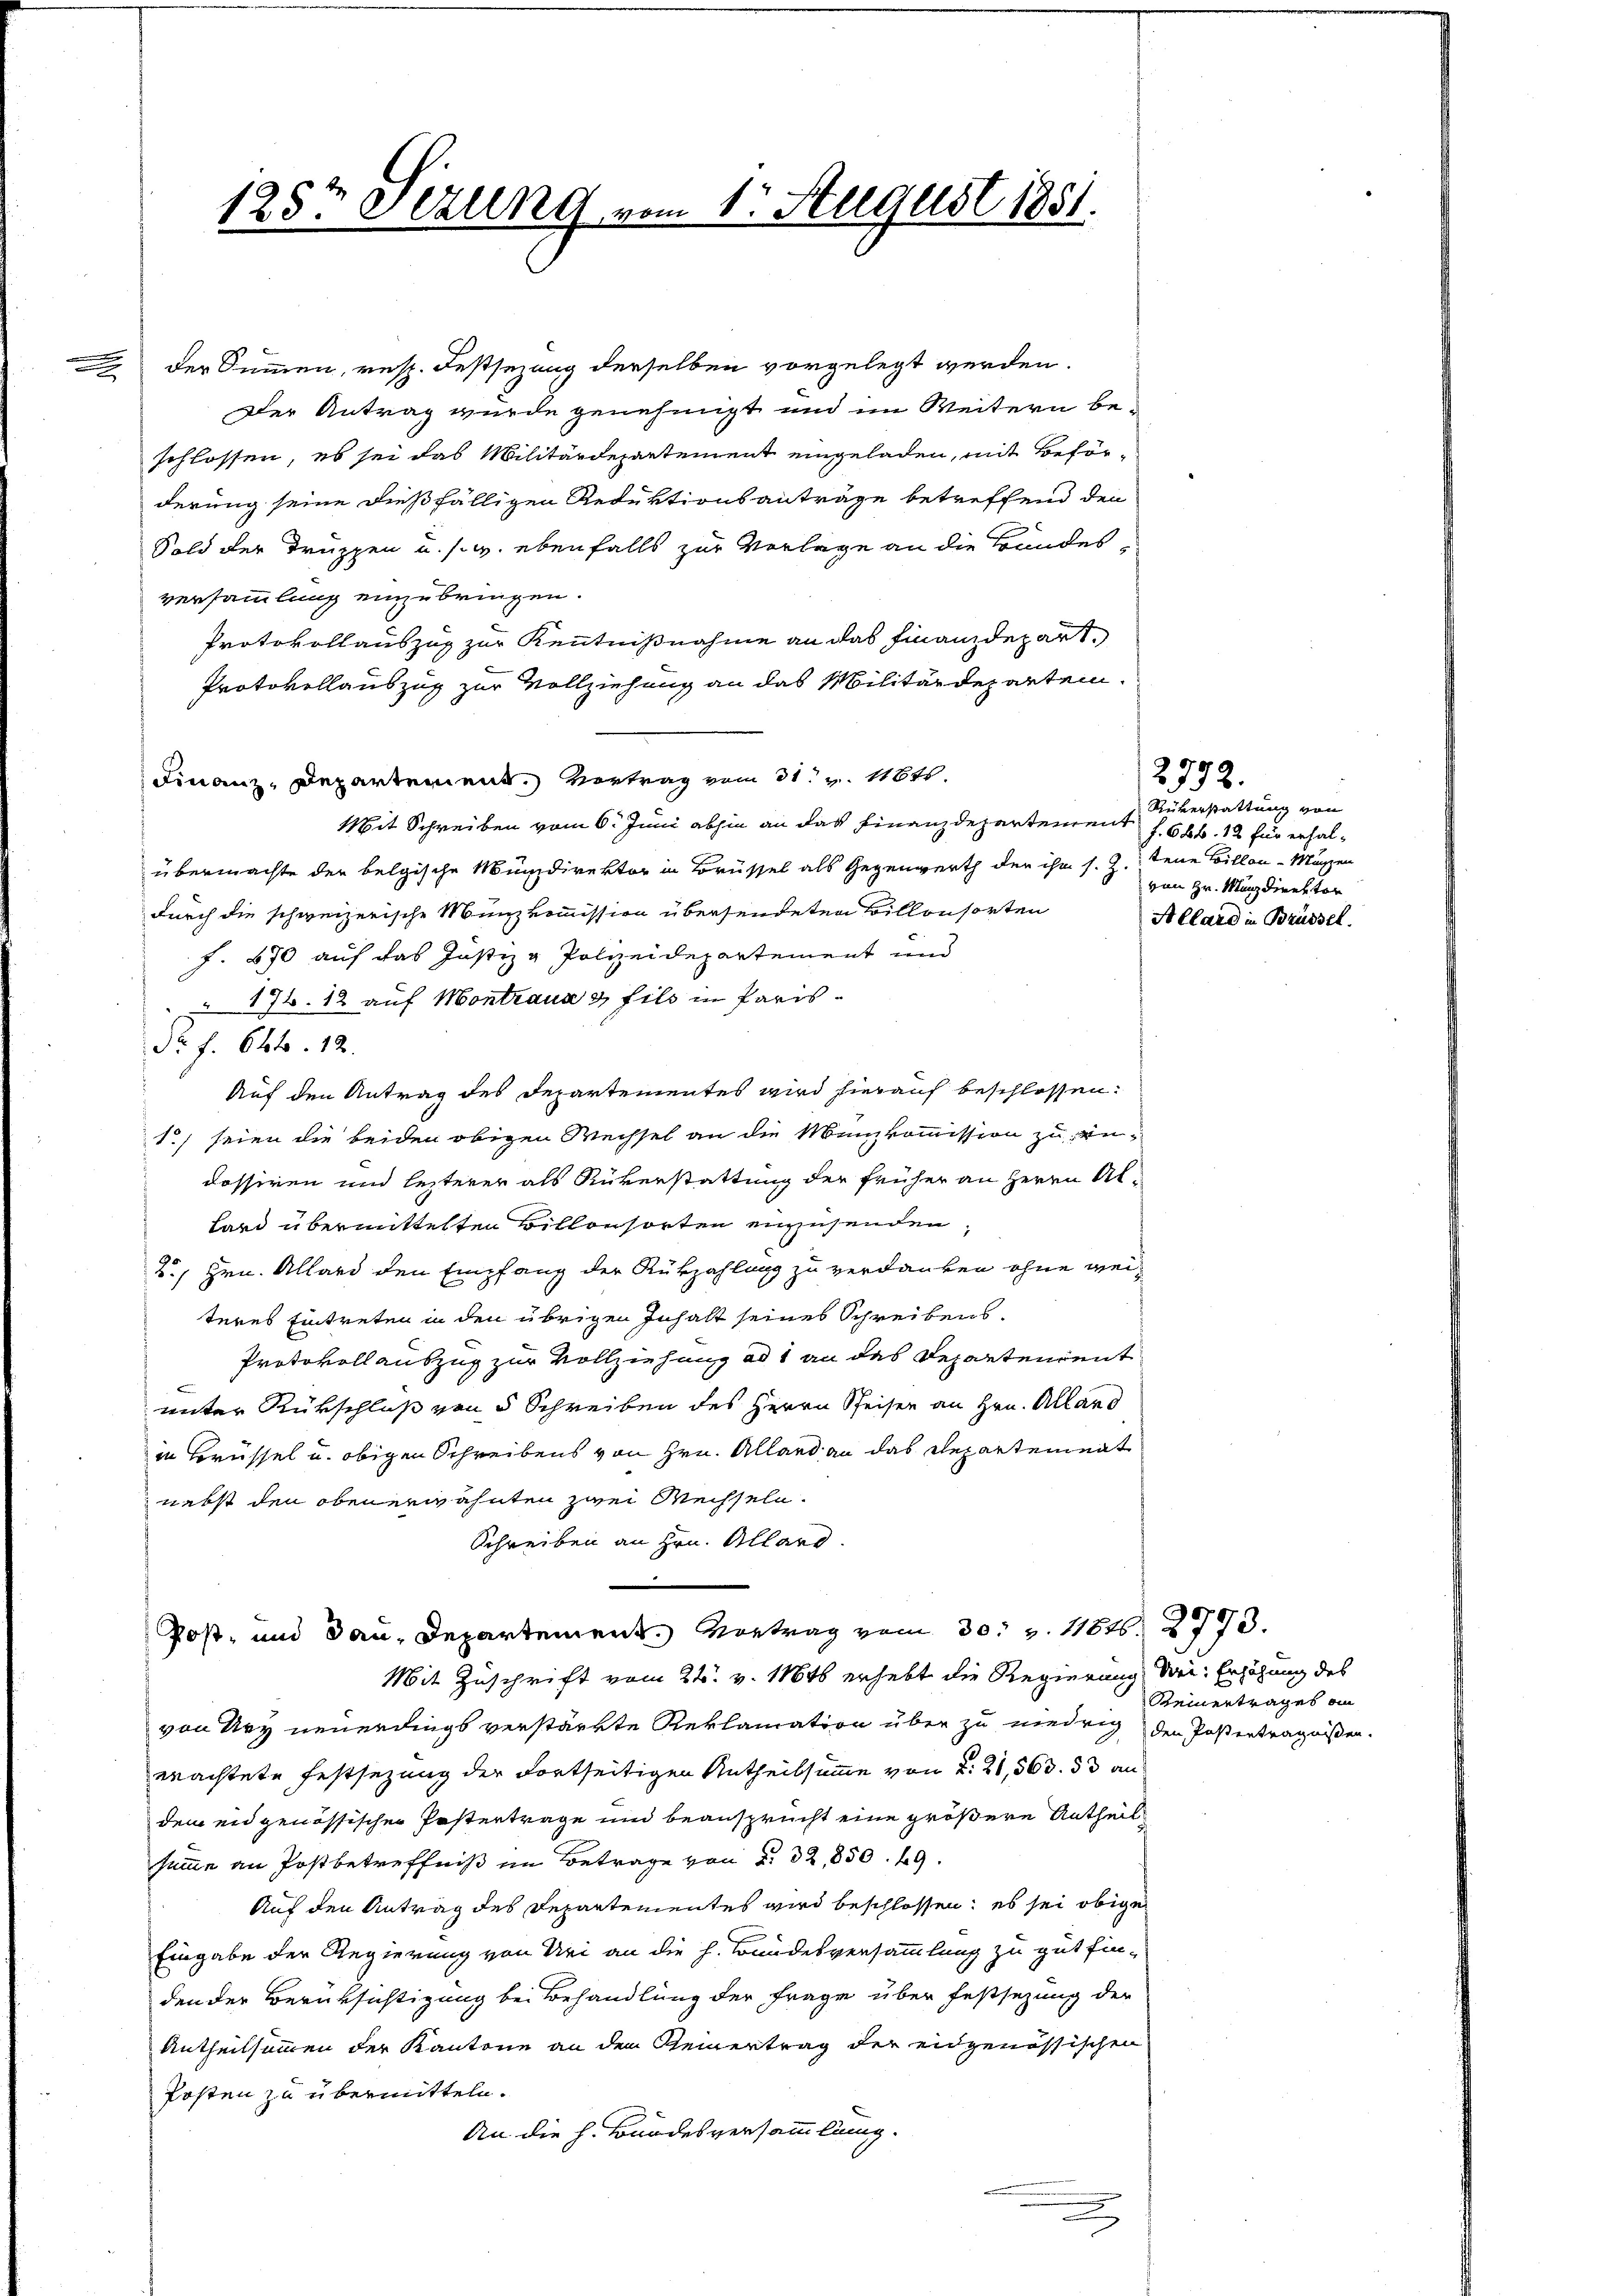
.

1257 Fezung vom 1. August 1851.

der Summen, resp. Festsezung derselben vorgelegt werden.
2
Der Antrag wurde genehmigt und im Weitern beschlossen, es sei das Militärdepartement eingeladen, mit Beförderung seine dießfälligen Reduktionsanträge betreffend den
Sold der Truppen u. s. w. ebenfalls zur Vorlage an die Bundesversammlung einzubringen.
Protokollauszug zur Kenntnißnahme an das Finanzdepart.
Protokollauszug zur Vollziehung an das Militärdeparten.
Finanz-Departement. Vertrag vom 31. v. 11640.
Mit Schreiben vom 6. Juni abhin an das Finanzdepartement f. 666. 12 für erhalübermachte der belgische Münzdirektor in Brüssel als Gegenwerth der ihn s. Z. tene Billon-Mäzen
durch die schweizerische Münzkommission übersendeten Billonsorten
J. 670 auf das Justiz & Polizeidepartement und
 172. 12 auf Montraua & fils in Paris
Nr f. 644. 12.
Auf den Antrag des Departementes wird hierauf beschlossen:
1) seien die beiden obigen Wechsel an die Münzkommission zu un-
dassiren und lezterer als Rükerstattung der früher an Herrn Allard übermittelten Billonsorten einzusenden,
2., Hrn. Allard den Empfang der Rükzahlung zu verdanken ohne weiteres Eintreten in den übrigen Inhalt seines Schreibens¬
Protokollauszug zur Vollziehung ad 1 an das Departendent
unter Rükschluß von 5 Schreiben des Herrn Speisen an Hrn. Alland
in Brüssel u. obigen Schreibens von Hrn. Alland an das Repartement
nebst den obenerwähnten zwei Wechseln.
Schreiben an Hrn. Allard.
Post- und Bau-Departement. Vortrag vom 30. v. 11646. 2773.
Mit Zuschrift vom 22. v. 1846 erhebt die Regierung drei Erhöhung des
von Ury neuerdings verstärkte Reklamation über zu niedrig der Posterträgnißen.
wachtete Festsezung der Fortseitigen Antheilsumme von d. 21,563. 53 an
dem eidgenössischen Postertrage und beansprucht eine größere Antheil
summe an Postbetreffniß im Betrage von § 32,850. 49.
Auf den Antrag des Departementes wird beschlossen; es sei obige
Eingabe der Regierung von Uri an die h. Bundesversammlung zu gut fin-
den der Berüksichtigung bei Behandlung der Frage über festsezung der
Antheilsammen der Kantone an den Genertrag der eidgenössischen
Posten zu übermitteln.
An die h. Bundesversammlung.

2792.
Rükerstattung von
von Hr. Manzdirektor
Allard in Brüssel.

Reinertrages an